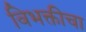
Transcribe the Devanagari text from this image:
विभक्तीचा